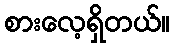
စားလေ့ရှိတယ်။